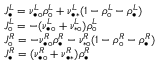
\begin{array} { r l } & { J _ { \bullet } ^ { L } = \nu _ { \bullet \circ } ^ { L } \rho _ { \circ } ^ { L } + \nu _ { \bullet \ast } ^ { L } ( 1 - \rho _ { \circ } ^ { L } - \rho _ { \bullet } ^ { L } ) } \\ & { J _ { \circ } ^ { L } = - ( \nu _ { \bullet \circ } ^ { L } + \nu _ { \ast \circ } ^ { L } ) \rho _ { \circ } ^ { L } } \\ & { J _ { \circ } ^ { R } = - \nu _ { \bullet \circ } ^ { R } \rho _ { \bullet } ^ { R } - \nu _ { \ast \circ } ^ { R } ( 1 - \rho _ { \circ } ^ { R } - \rho _ { \bullet } ^ { R } ) } \\ & { J _ { \bullet } ^ { R } = ( \nu _ { \bullet \circ } ^ { R } + \nu _ { \bullet \ast } ^ { R } ) \rho _ { \bullet } ^ { R } } \end{array}